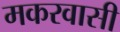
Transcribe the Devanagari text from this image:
मकरवासी